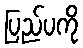
ပြည်ပကို